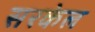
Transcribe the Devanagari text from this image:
सरकेल